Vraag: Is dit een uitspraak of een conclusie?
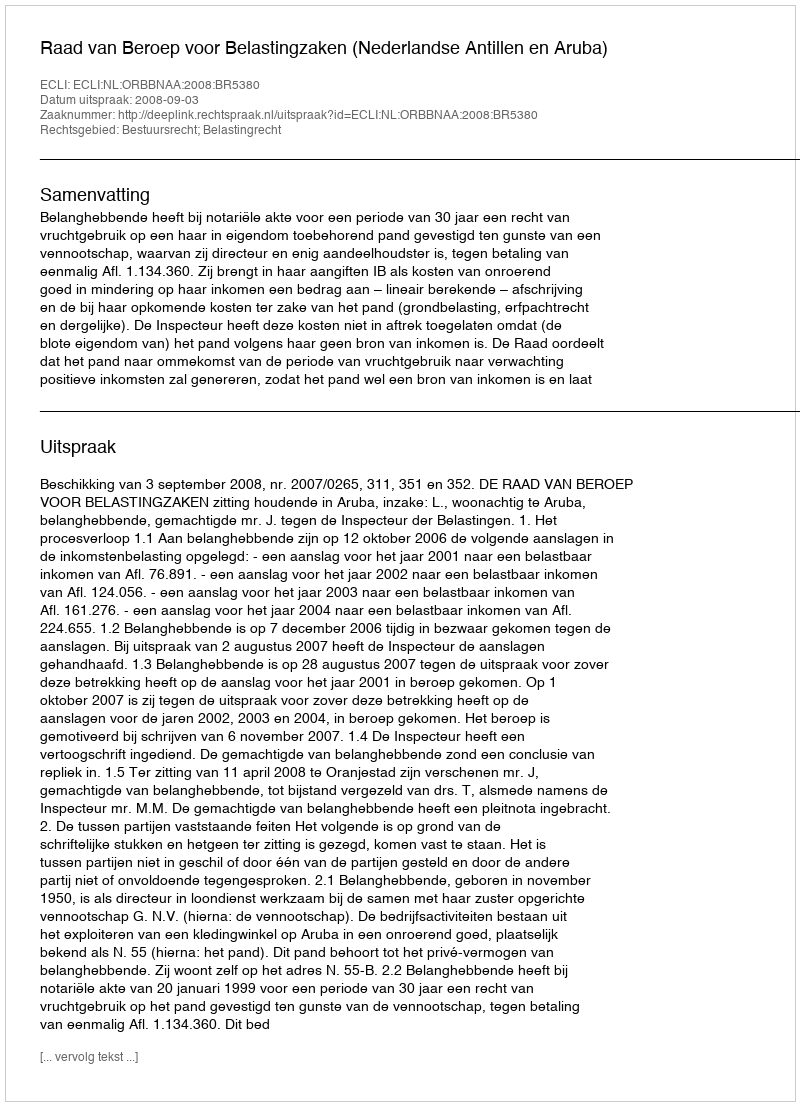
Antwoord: Uitspraak